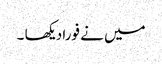
میں نے فورا دیکھا ۔